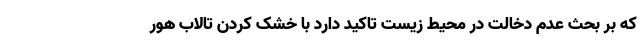
که بر بحث عدم دخالت در محیط زیست تاکید دارد با خشک کردن تالاب هور